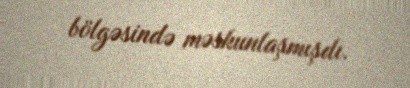
bölgəsində məskunlaşmışdı.